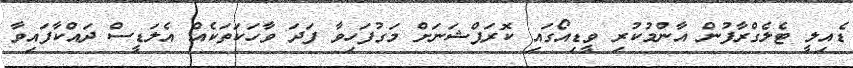
ޑެއިލީ ޓެލެގްރާފުން އާންމުކުރި ވީޑިއޯގައި ކޮރަޕްޝަނަށް މަގުފަހިވާ ފަދަ ވާހަކަތަކެއް އެލަޑީސް ދައްކާފައިވާ